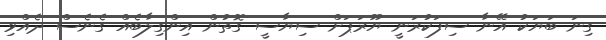
ގިނަ ބަޔަކު އޭނާ ސިފަކުރަނީ ޔޫރަޕަށް ސިޔާސީ ގޮތުން އިންގިލާބެއް ގެނެސް ދެއްވި